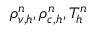
\rho _ { v , h } ^ { n } , \rho _ { c , h } ^ { n } , T _ { h } ^ { n }